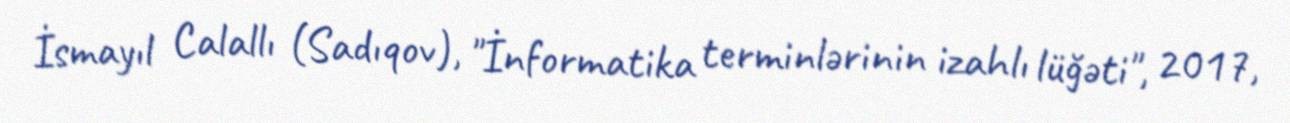
İsmayıl Calallı (Sadıqov), "İnformatika terminlərinin izahlı lüğəti", 2017,